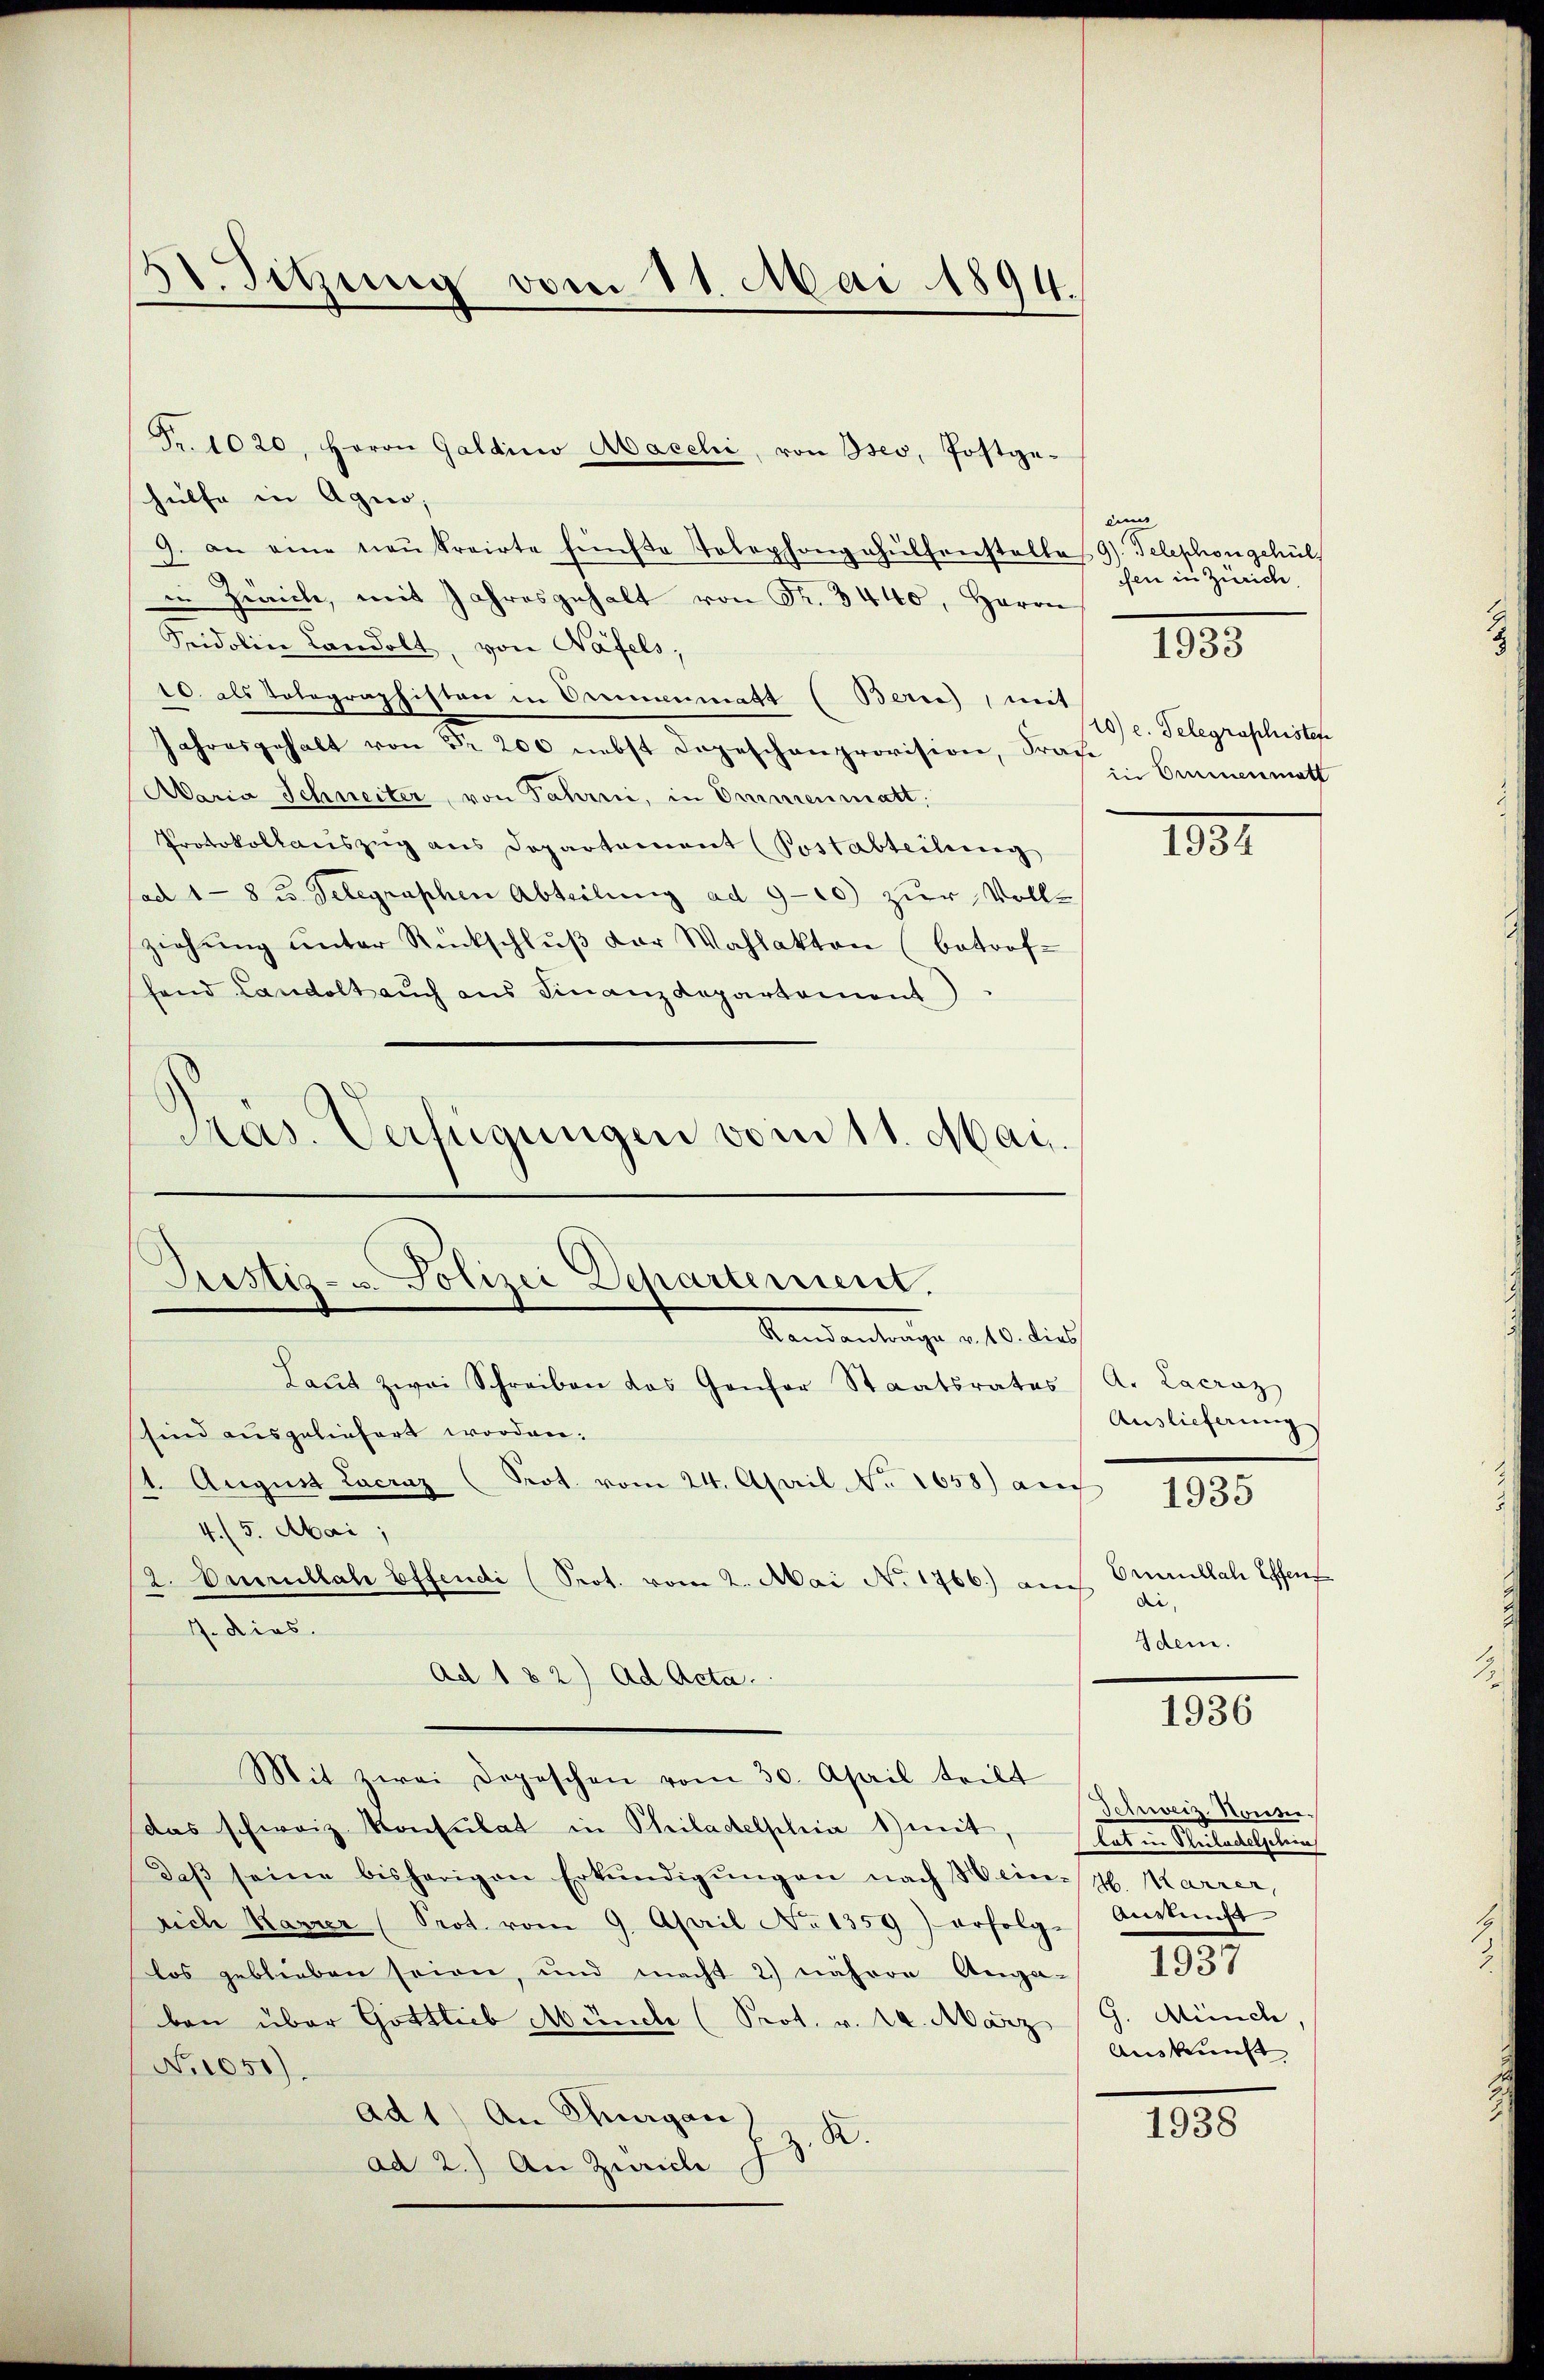
3t. Sitzung vom 11. Mai 1894.

Fr. 1020, Heron Galdino Macchi, von Oser, Postgehülfe in Agio,
9. an eine neŭkrairte fünfte Tolephongehülfenstelle 9). Telephongehül
in Zwich, mit Jahresgehalt von Fr. 3440, Herrn
Fridoline Landolt, von Näfels,
10. als Totographistor in Orienmatt (Berne), mit
Jahresgehalt von Nr. 200 nebst Depeschenprovision, Frau
Aaria Schneiter, von Fahrni, in Emmenmatt,
Protokollauszug aus Departament (Postabteilung
ad 1 - 8 u. Telegraphen Abteilung ad 9-10 zŭr Vollziehŭng ŭnter Rückschlŭβ der Wahlakten (betrof-
fand Landolt auch aus Finanzdepartement
Pras. Verfügungen vom 11. Mai.

Justiz- u. Polizei Departement.
Randantrage a. 0. dies
Laŭt zwei Schreiben das Genfer Staatsrates A. Lacraz
sind ausgeliefert worden.

7. dies.

" August Lacraz (Prot. vom 24. April, No. 1658) auch
4. 5. Mai ;
2. Derullah effendi (Prot. vom 2. Mai No 1766.) auch

Ad 182) ad Acta.

Mit zwei Depeschen vom 30. April teilt
das schweiz. Konsulat in Philadelphia 1) mit, Platen Puleckelschein
daβ seine bisherigen Erkŭndigŭngen nach Hein- H. Marrer,
sich Karrer (Prot. vom 9. April No 1359) erfolge Auskunft
los geblieben seien, und macht 2.) nähere Auga- 1937
ben über Gottlieb Münche (Prot. v. 24. März 9. Münch
No 1051).
ad 1) An Schurgau)
z. R.
ad 2.) An Zürich

en
ssen in Zürich

1933

10) e. Telegraphisten
in Emmenmatt

1831

Auslieferung
Emaillach Effen
di,
Idem.

1935

1936

Schweiz. Konsen.
Auskunft

1938